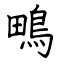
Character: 鴫